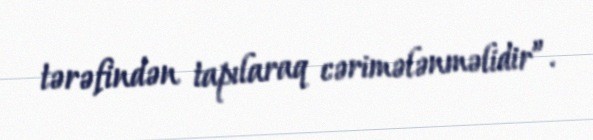
tərəfindən tapılaraq cərimələnməlidir”.